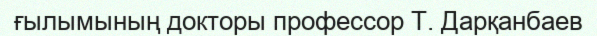
ғылымының докторы профессор Т. Дарқанбаев